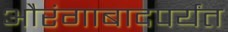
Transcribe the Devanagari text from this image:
औरंगाबादपर्यंत